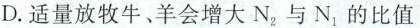
D. 适量放牧牛、羊会增大 N_{2}与 N_{1}的比值